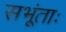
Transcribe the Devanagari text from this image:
सभूंताः